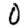
Digit: 0